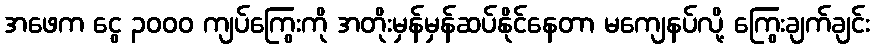
အဖေက ငွေ ၃၀၀၀ ကျပ်ကြွေးကို အတိုးမှန်မှန်ဆပ်နိုင်နေတာ မကျေနပ်လို့ ကြွေးချက်ချင်း